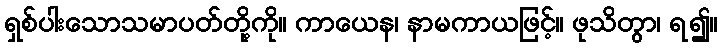
ရှစ်ပါးသောသမာပတ်တို့ကို။ ကာယေန၊ နာမကာယဖြင့်။ ဖုသိတွာ၊ ရ၍။